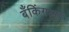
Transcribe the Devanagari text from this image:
बँकिंगला